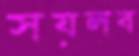
সয়লব